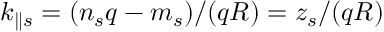
k _ { \parallel s } = ( n _ { s } q - m _ { s } ) / ( q R ) = z _ { s } / ( q R )